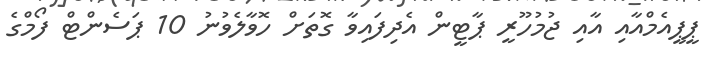
ޕީޕީއެމްއާއި އާއި ޖުމުހޫރީ ޕާޓީން އެދިފައިވާ ގޮތަށް ހޮވާލެވުނު 10 ޕަސެންޓް ފޯމްގެ